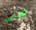
تجلبه